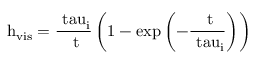
\mathrm { { h _ { v i s } } = \frac { \ t a u _ { i } } { \Delta t } \left( 1 - \mathrm { { e x p } \left( - \frac { \Delta t } { \ t a u _ { i } } \right) } \right) }